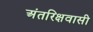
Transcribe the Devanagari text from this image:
अंतरिक्षवासी